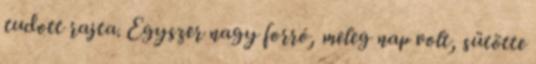
tudott rajta. Egyszer nagy forró, meleg nap volt, sütötte